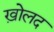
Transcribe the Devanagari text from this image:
ख़ोलद